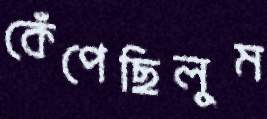
কেঁপেছিলুম